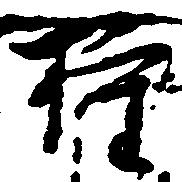
権